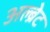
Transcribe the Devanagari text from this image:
अल्ब्रेट